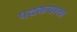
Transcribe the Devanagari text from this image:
पदकवाला